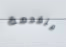
متقدمة